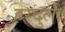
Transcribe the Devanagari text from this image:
हरदुली